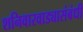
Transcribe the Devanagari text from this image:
शनिवारवाड्यासंबंधी